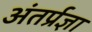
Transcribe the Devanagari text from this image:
अंतर्प्रज्ञा